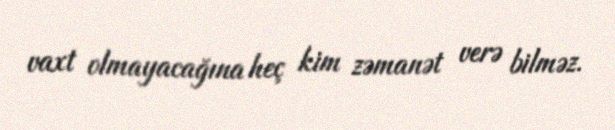
vaxt olmayacağına heç kim zəmanət verə bilməz.